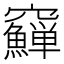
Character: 𥩑